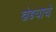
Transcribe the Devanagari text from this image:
खेडयाचे